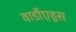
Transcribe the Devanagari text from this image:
वार्डोएहूस